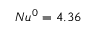
N u ^ { 0 } = 4 . 3 6